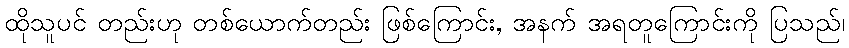
ထိုသူပင် တည်းဟု တစ်ယောက်တည်း ဖြစ်ကြောင်း, အနက် အရတူကြောင်းကို ပြသည်၊